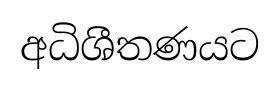
අධිශීතණයට